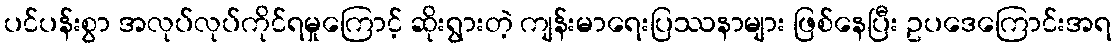
ပင်ပန်းစွာ အလုပ်လုပ်ကိုင်ရမှုကြောင့် ဆိုးရွားတဲ့ ကျန်းမာရေးပြဿနာများ ဖြစ်နေပြီး ဥပဒေကြောင်းအရ